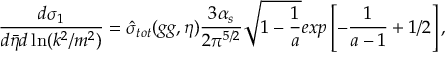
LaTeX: { \frac { d \sigma _ { 1 } } { d \bar { \eta } d \ln ( k ^ { 2 } / m ^ { 2 } ) } } = \hat { \sigma } _ { t o t } ( g g , \eta ) \frac { 3 \alpha _ { s } } { 2 \pi ^ { 5 / 2 } } \sqrt { 1 - { \frac { 1 } { a } } } e x p \left[ - { \frac { 1 } { a - 1 } } + 1 / 2 \right] ,